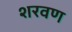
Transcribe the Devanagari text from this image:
शरवण